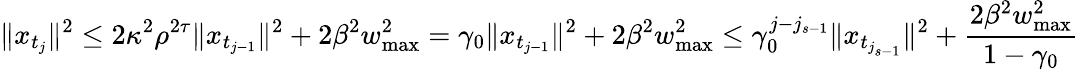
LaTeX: \| x_{t_{j}}\| ^{2}\leq 2\kappa^{2}\rho^{2\tau}\| x_{t_{j-1}}\| ^{2}+2\beta^{2}w_{\operatorname*{max}}^{2}=\gamma_{0}\| x_{t_{j-1}}\| ^{2}+2\beta^{2}w_{\operatorname*{max}}^{2}\leq\gamma_{0}^{j-j_{s-1}}\| x_{t_{j_{s-1}}}\| ^{2}+\frac{2\beta^{2}w_{\operatorname*{max}}^{2}}{1-\gamma_{0}}